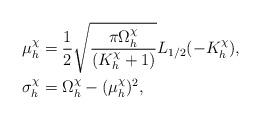
LaTeX: \begin{align*}\mu^\chi_{h}&=\frac{1}{2}\sqrt{\frac{\pi\Omega^\chi_{h}}{(K^\chi_{h}+1)}}L_{1/2}(-K^\chi_{h}),\\\sigma^\chi_h &= \Omega^\chi_h-(\mu^\chi_h)^2,\end{align*}